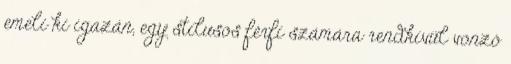
emeli ki igazán, egy stílusos férfi számára rendkívül vonzó